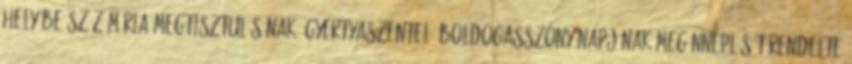
helyébe Szűz Mária megtisztulásának, Gyertyaszentelő Boldogasszony napjának megünneplését rendelte